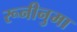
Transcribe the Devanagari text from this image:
रूनीनुमा